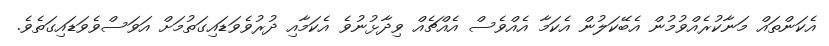
އެކަންތައް މަނާކުރެއްވުމުން އެބޭކަލުން އެކަމާ އެއްވެސް އެއްޗެއް ވިދާޅުނުވެ އެކަމާއި ދުރުވެވަޑައިގަތުމަށް އަވަސްވެވަޑައިގަތެވެ.